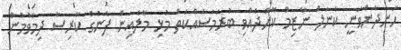
ހަނދާންވަނީ ކާނަލް ނާޒިމް ކޮށްދެއްވި ބުރަމަސައްކަތް މުޅި މާލެއިން ފެނުގެ ކާރިސާ ދިމާވުމުން